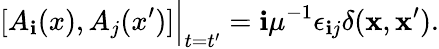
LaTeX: [A_{\mathbf{i}}(x),A_{j}(x^{\prime})]\Big|_{t=t^{\prime}}=\mathbf{i}\mu^{-1}\epsilon_{\mathbf{i}j}\delta({\mathbf{x}},{\mathbf{x}^{\prime}}).